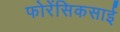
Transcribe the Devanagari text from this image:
फोरेंसिकसाई